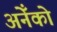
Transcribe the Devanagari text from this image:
अनेँको